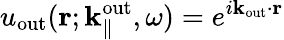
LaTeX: u_{\mathrm{out}}({\mathbf r};{\mathbf k}_{\parallel}^{\mathrm{out}},\omega)=e^{i{\mathbf k}_{\mathrm{out}}\cdot{\mathbf r}}